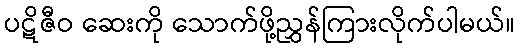
ပဋိဇီဝ ဆေးကို သောက်ဖို့ညွှန်ကြားလိုက်ပါမယ်။